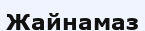
Жайнамаз